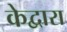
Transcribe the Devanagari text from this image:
केद्वारा